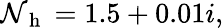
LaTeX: \mathcal{N}_{\mathrm{{~h~}}}=1.5+0.01i,